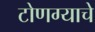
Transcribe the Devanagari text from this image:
टोणग्याचे